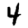
Digit: 4